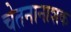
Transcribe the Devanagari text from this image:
चेतनानाशक